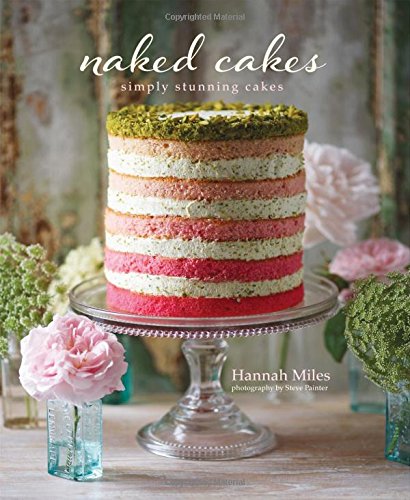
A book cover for Naked Cakes: Simply Stunning Cakes; Hannah Miles; Cookbooks, Food & Wine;